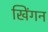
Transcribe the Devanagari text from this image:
खिंगन